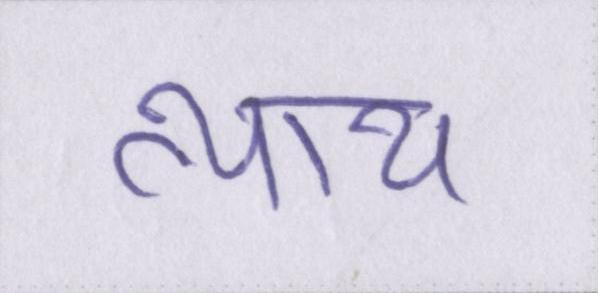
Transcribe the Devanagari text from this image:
न्याय